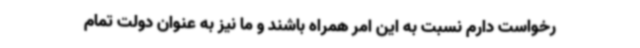
رخواست دارم نسبت به این امر همراه باشند و ما نیز به عنوان دولت تمام